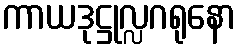
ကာယဒုဋ္ဌုလ္လဂရုနော